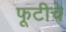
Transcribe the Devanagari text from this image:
फूटीचे